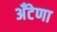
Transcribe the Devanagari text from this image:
अँटेणा